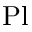
\mathrm { P l }